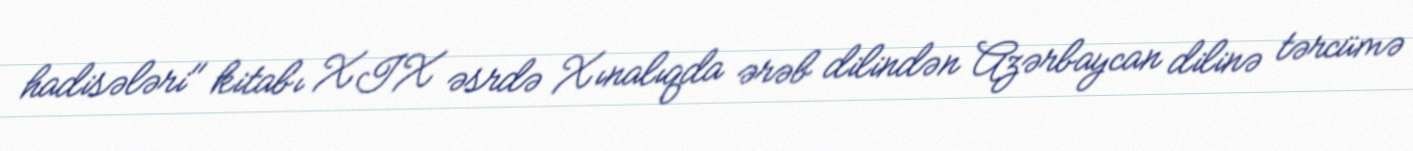
hadisələri" kitabı XIX əsrdə Xınalıqda ərəb dilindən Azərbaycan dilinə tərcümə